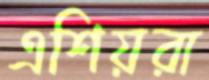
এশিয়রা